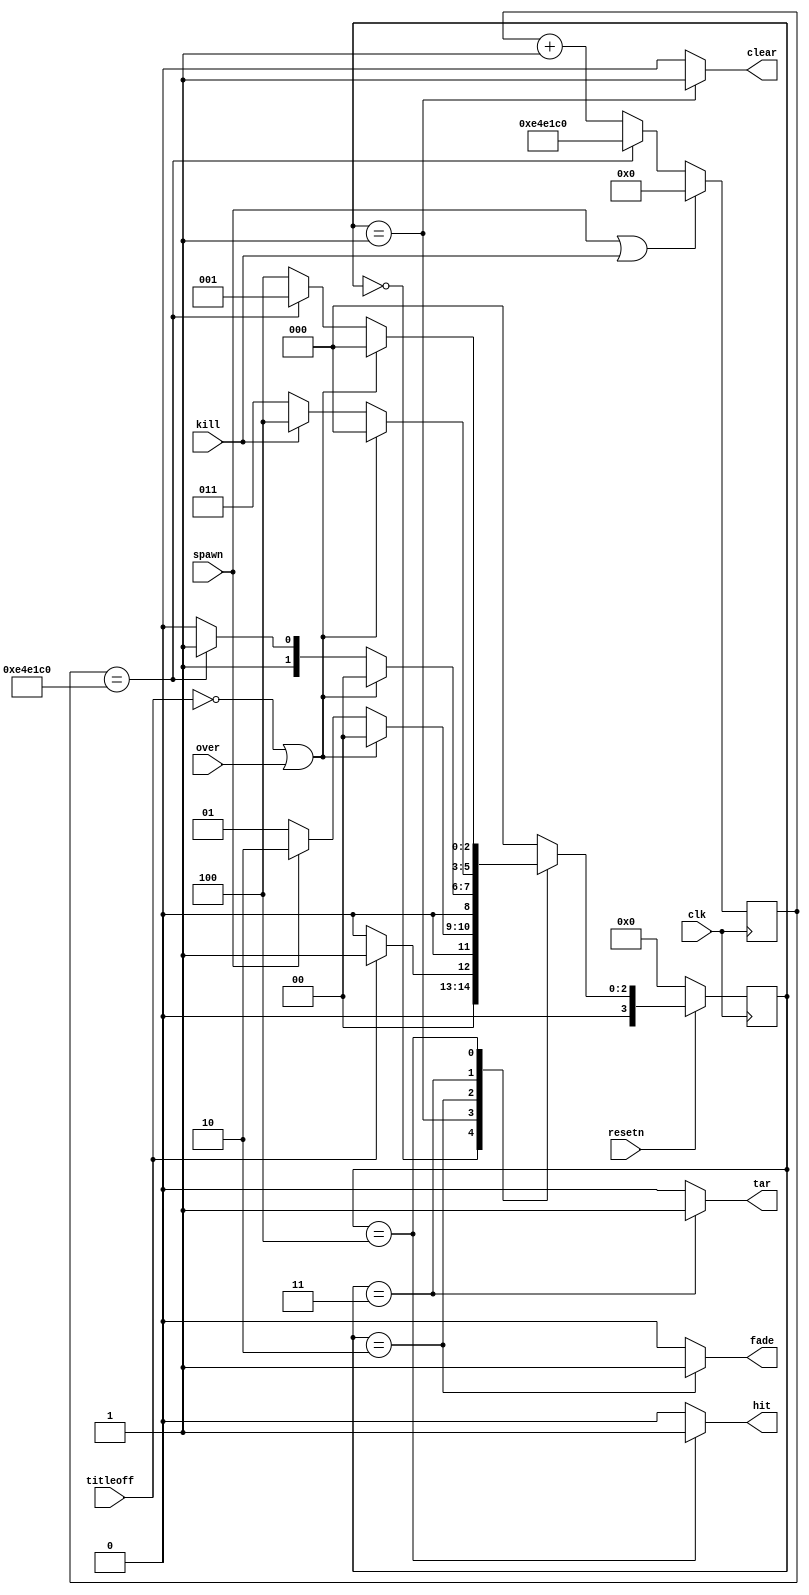
module TargetFSM(resetn, clk, spawn, kill, over, titleoff, fade, tar, hit, clear);
	input resetn, clk, spawn, kill, titleoff, over;
	output reg  fade, tar, hit, clear;
	
	//fade period
	reg [25:0] fadeclk;
	always @(posedge clk) begin
		if (spawn || kill) fadeclk <= 26'd0;
		else if (fadeclk == 26'd15000000) fadeclk <= 26'd15000000;
		else fadeclk <= fadeclk + 1'b1;
	end
	
	//FSM
	reg [3:0] current_state, next_state;
	localparam	S_WAIT	  = 4'd0,
					S_CLEAR    = 4'd1,
					S_FADE	  = 4'd2,
					S_TAR		  = 4'd3,
					S_HIT      = 4'd4;
					
	//State Table
	always@(*)
	begin
		case (current_state)
			S_WAIT:
				begin
					if(titleoff) next_state = S_CLEAR;
					else next_state = S_WAIT;
				end
			S_CLEAR:
				begin
					if(!titleoff || over) next_state = S_WAIT;
					else if(spawn) next_state = S_FADE;
					else next_state = S_CLEAR;
				end
			S_FADE:
				begin 
					if(!titleoff || over) next_state = S_WAIT;
					else if(fadeclk == 26'd15000000) next_state = S_TAR;
					else next_state = S_FADE;
				end
			S_TAR:
				begin
					if(!titleoff || over) next_state = S_WAIT;
					else if(kill) next_state = S_HIT;
					else next_state = S_TAR;
				end
			S_HIT:
				begin
					if(!titleoff || over) next_state = S_WAIT;
					else if(fadeclk == 26'd15000000) next_state = S_CLEAR;
					else next_state = S_HIT;
				end
			default: next_state = S_WAIT;
		endcase
	end
	
	//Enable Signals
	always @(*)
	begin
		fade = 1'b0;
		tar = 1'b0;
		hit = 1'b0;
		clear = 1'b0;
		case (current_state)
			S_CLEAR: clear = 1'b1;
			S_FADE: fade = 1'b1;
			S_TAR: tar = 1'b1;
			S_HIT: hit = 1'b1;
		endcase
	end
	
	//State FFs
	always@(posedge clk)
	begin: state_FFs
		if(!resetn)
			current_state <= S_WAIT;
		else
			current_state <= next_state;
	end

endmodule